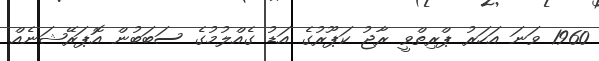
1960 ވަނަ އަހަރު ޕްރިތްވީ ރާޖު ކަޕޫރުގެ އަޑު ގެއްލުމުގެ ސަބަބުން އޮޕަރޭޝަނެއް